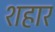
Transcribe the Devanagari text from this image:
शहार